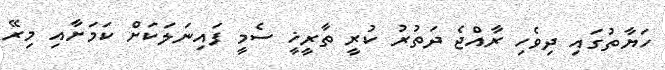
ހަޔާތުގައި ދިވެހި ރާއްޖެ ދަތުރު ކުރީ ތާރީޚީ ސެމީ ފައިނަލަކަށް ކަމަށާއި މިރޭ